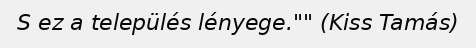
S ez a település lényege."" (Kiss Tamás)